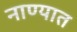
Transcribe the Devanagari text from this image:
नाण्यात